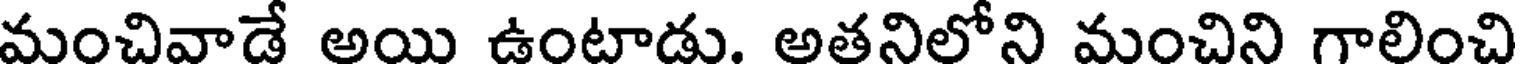
మంచివాడే అయి ఉంటాడు. అతనిలోని మంచిని గాలించి